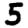
Digit: 5